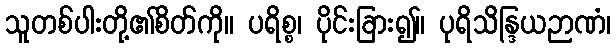
သူတစ်ပါးတို့၏စိတ်ကို။ ပရိစ္စ၊ ပိုင်းခြား၍။ ပုရိသိန္ဒြယဉာဏံ၊